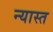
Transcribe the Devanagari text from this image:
न्यास्त